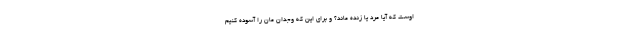
اوست که آیا مُرد یا زنده ماند؟ و برای این که وجدان مان را آسوده کنیم